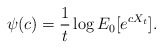
\begin{align*}\psi(c)=\frac{1}{t}\log E_0[e^{cX_t}]. \end{align*}